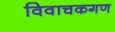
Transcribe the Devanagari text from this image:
विवाचकगण